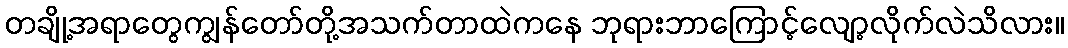
တချို့အရာတွေကျွန်တော်တို့အသက်တာထဲကနေ ဘုရားဘာကြောင့်လျော့လိုက်လဲသိလား။